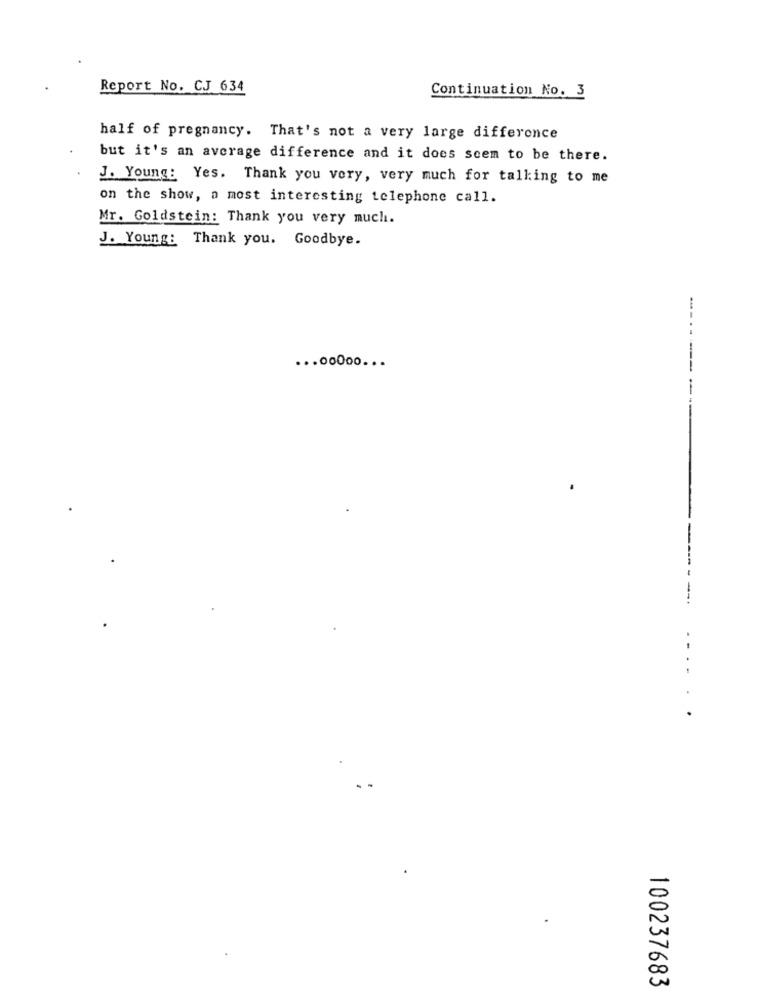
Report No. CJ 634
Continuation No. 3
half of pregnancy. That's not a very large difference
but it's an average difference and it does seem to be there.
J. Young: Yes. Thank you very, very much for talking to me
on the show, a most interesting telephone call.
Mr. Goldstein: Thank you very much.
J. Young: Thank you. Goodbye.
---
----
... 00000 ...
..... .
100237683